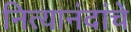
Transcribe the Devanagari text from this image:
नित्यानंदांचे